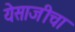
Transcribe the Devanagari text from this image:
येसाजीचा